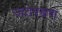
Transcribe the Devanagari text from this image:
जठरब्रण